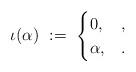
LaTeX: \begin{align*} \iota(\alpha) \ :=\ \begin{cases} 0,& , \\ \alpha, &. \end{cases}\end{align*}